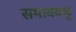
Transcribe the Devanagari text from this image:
समाववष्ट्ट